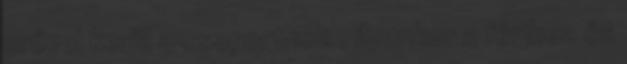
erővel kerül a csoporthoz , ilyenkor a férjhez és